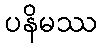
ပနိမဿ